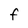
Character: F